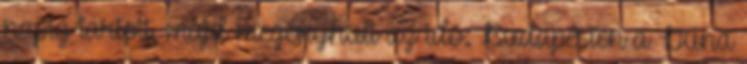
napig tartott, majd megenyhült az idõ: Budapesten a Duna